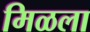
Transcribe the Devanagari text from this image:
मिळला